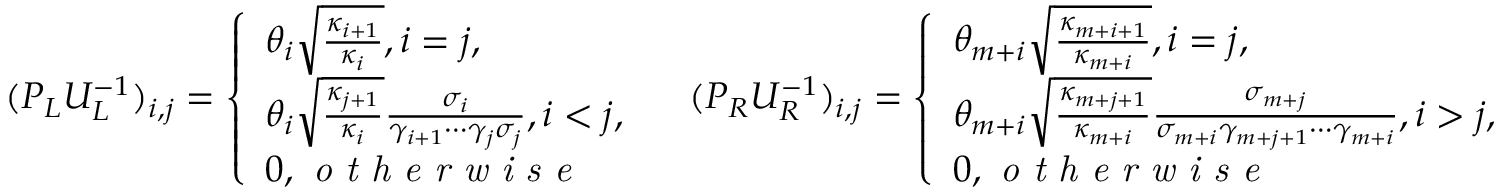
( P _ { L } U _ { L } ^ { - 1 } ) _ { i , j } = \left\{ \begin{array} { l l } { \theta _ { i } \sqrt { \frac { \kappa _ { i + 1 } } { \kappa _ { i } } } , i = j , } \\ { \theta _ { i } \sqrt { \frac { \kappa _ { j + 1 } } { \kappa _ { i } } } \frac { \sigma _ { i } } { \gamma _ { i + 1 } \cdots \gamma _ { j } \sigma _ { j } } , i < j , } \\ { 0 , \textit { o t h e r w i s e } } \end{array} \right. \quad ( P _ { R } U _ { R } ^ { - 1 } ) _ { i , j } = \left\{ \begin{array} { l l } { \theta _ { m + i } \sqrt { \frac { \kappa _ { m + i + 1 } } { \kappa _ { m + i } } } , i = j , } \\ { \theta _ { m + i } \sqrt { \frac { \kappa _ { m + j + 1 } } { \kappa _ { m + i } } } \frac { \sigma _ { m + j } } { \sigma _ { m + i } \gamma _ { m + j + 1 } \cdots \gamma _ { m + i } } , i > j , } \\ { 0 , \textit { o t h e r w i s e } } \end{array} \right.